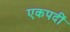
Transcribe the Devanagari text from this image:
एकपदीं